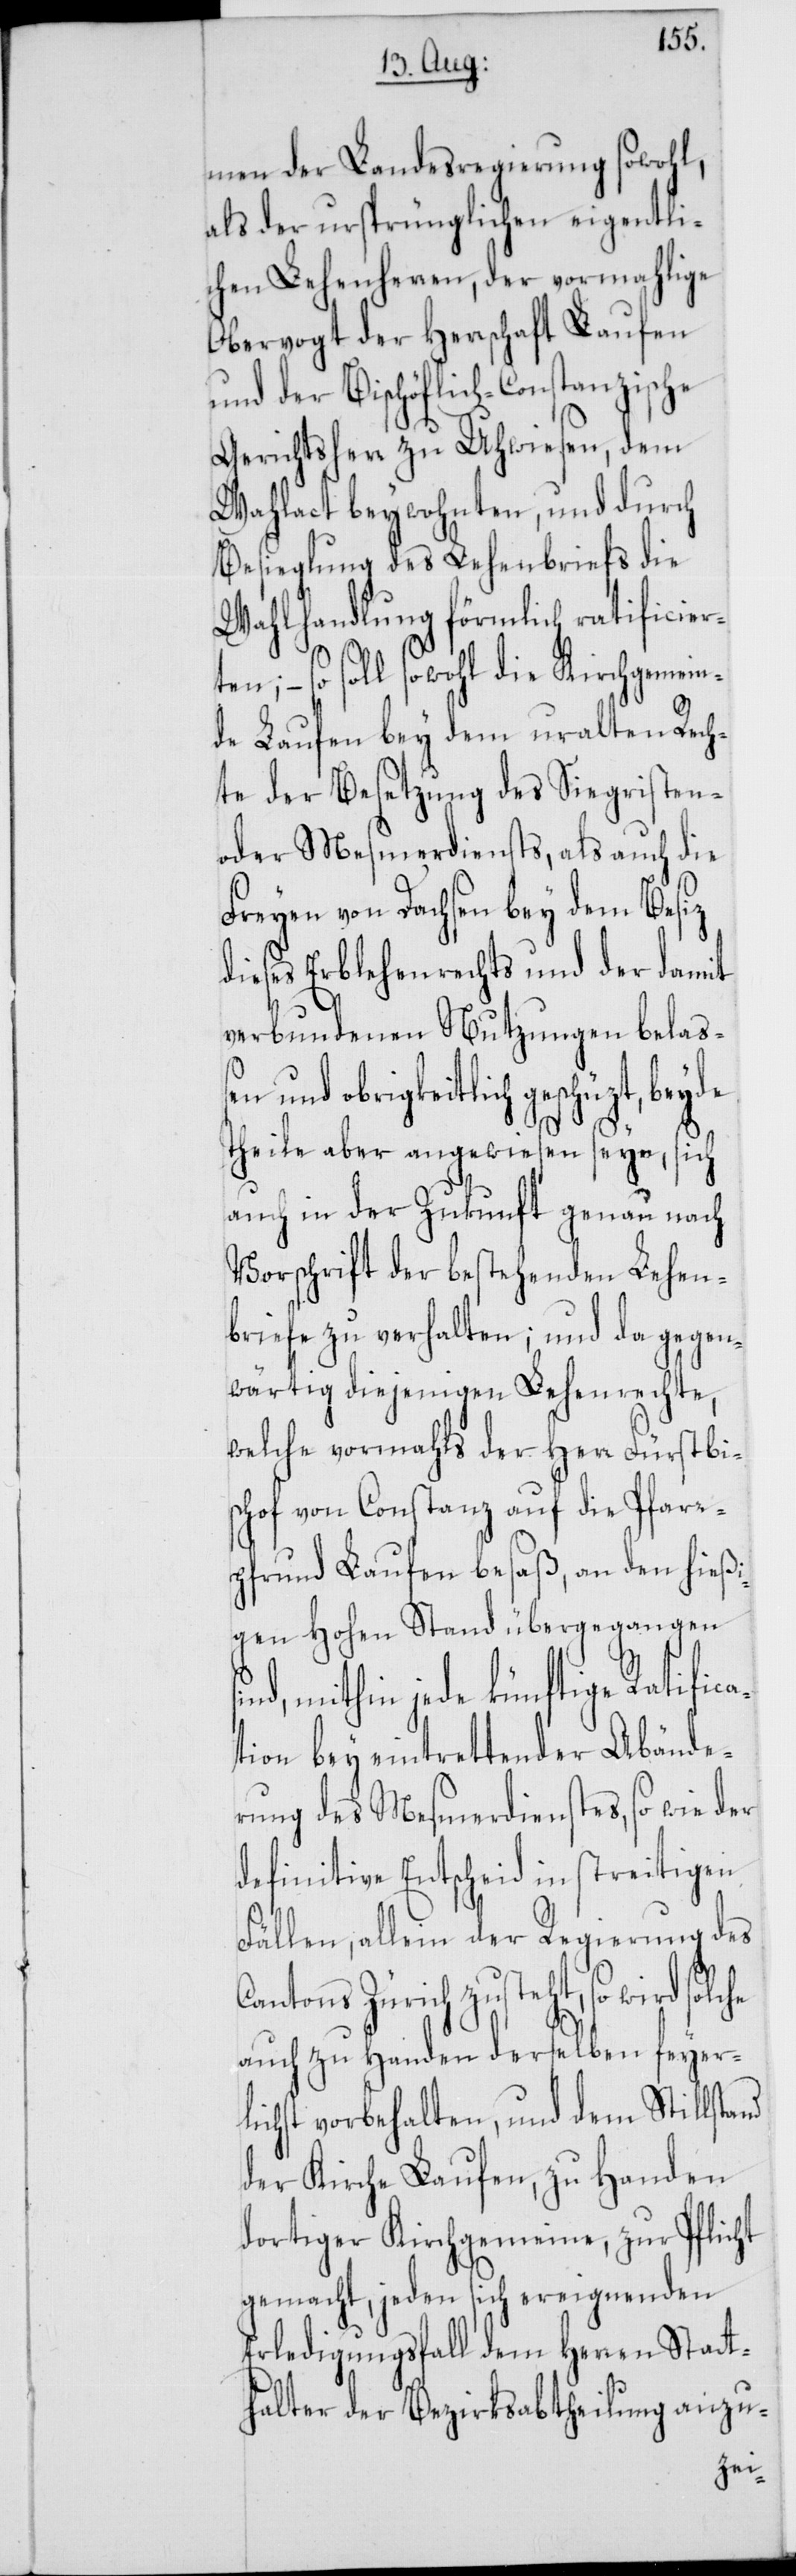
men der Landesregierung sowohl
als der ursprünglichen eigentli¬
chen Lehenherren, der vormahlige
Obervogt der Herrschaft Laufen
und der Bischöflich-Constanzische
Gerichtsherr zu Uhwiesen, dem
Wahlact beywohnten, und durch
Besieglung des Lehenbriefs die
Wahlhandlung förmlich ratificiert¬
en; – so soll sowohl die Kirchgemein¬
de Laufen bey dem uralten Rech¬
te der Besetzung des Siegristen-
oder Mesmerdiensts, als auch die
Freyen von Dachsen bey dem Besiz
dieses Erblehenrechts und der damit
verbundenen Nutzungen belaß¬
en und obrigkeitlich geschüzt,
Theile aber angewiesen seyn, sich
auch in der Zukunft genau nach
Vorschrift der bestehenden Lehen¬
briefe zu verhalten; und da gegen¬
wärtig diejenigen Lehenrechte,
welche vormahls der Herr Fürstbi¬
schof von Constanz auf die Pfarr¬
pfrund Laufen besaß, an den hießi¬
gen Hohen Stand übergegangen
mithin jede künftige Ratifica¬
tion bey eintrettender Abände¬
rung des Mesmerdienstes, so wie der
definitive Entscheid in streitigen
Fällen, allein der Regierung des
Cantons Zürich zusteht, so wird solche
auch zu Handen derselben feyer¬
lichst vorbehalten, und dem Stillstand
der Kirche Laufen, zu Handen
dortiger Kirchgemeinde, zur Pflicht
gemacht, jeden sich ereignenden
Erledigungsfall dem Herren Statt¬
halter der Bezirksabtheilung anzu-